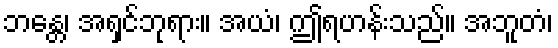
ဘန္တေ၊ အရှင်ဘုရား။ အယံ၊ ဤရဟန်းသည်။ အဘူတံ၊